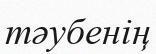
тәубенің